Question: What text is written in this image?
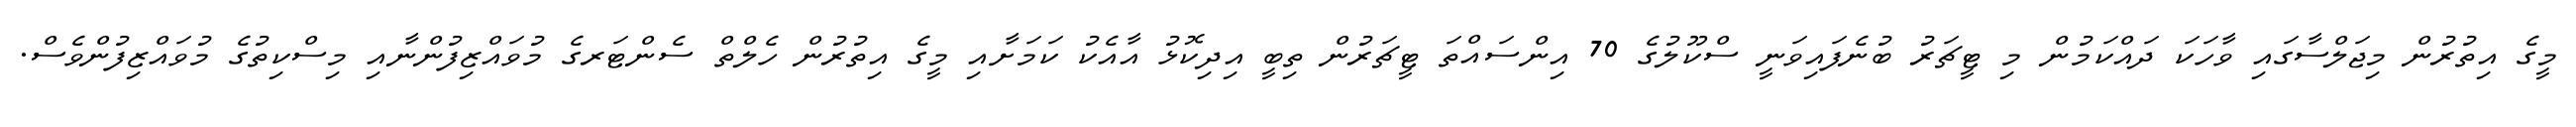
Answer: މީގެ އިތުރުން މިޖަލްސާގައި ވާހަކަ ދައްކަމުން މި ޓީޗަރު ބުނެފައިވަނީ ސްކޫލުގެ 70 އިންސައްތަ ޓީޗަރުން ތިބީ އިދިކޮޅު އާއެކު ކަމަށާއި މީގެ އިތުރުން ހެލްތް ސެންޓަރގެ މުވައްޒިފުންނާއި މިސްކިތުގެ މުވައްޒިފުންވެސް.